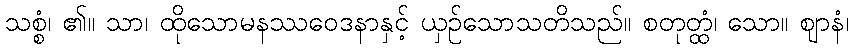
သစ္စံ၊ ၏။ သာ၊ ထိုသောမနဿဝေဒနာနှင့် ယှဉ်သောသတိသည်။ စတုတ္ထံ၊ သော။ ဈာနံ၊